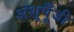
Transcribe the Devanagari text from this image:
अंशूपूँजी